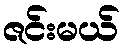
ဇင်းမယ်